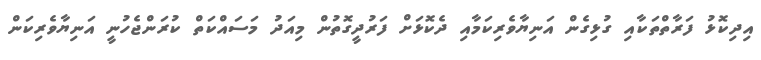
އިދިކޮޅު ފަރާތްތަކާއި ގުޅިގެން އަނިޔާވެރިކަމާއި ދެކޮޅަށް ފަރުދީގޮތުން މިއަދު މަސައްކަތް ކުރަންޖެހުނީ އަނިޔާވެރިކަން